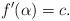
LaTeX: \begin{align*}f^{\prime}(\alpha)=c.\end{align*}